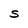
Character: S